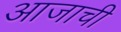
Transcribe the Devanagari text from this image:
आजाची